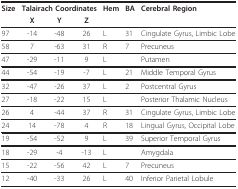
| Size | <COLSPAN=3> Talairach Coordinates | Hem | BA | Cerebral Region |
 |  | X | Y | Z |  |  |  |
 | --- | --- | --- | --- | --- | --- | --- |
 | 97 | -14 | -48 | 26 | L | 31 | Cingulate Gyrus, Limbic Lobe |
 | 58 | 7 | -63 | 31 | R | 7 | Precuneus |
 | 47 | -29 | -11 | 9 | L |  | Putamen |
 | 44 | -54 | -19 | -7 | L | 21 | Middle Temporal Gyrus |
 | 32 | -47 | -26 | 37 | L | 2 | Postcentral Gyrus |
 | 27 | -18 | -22 | 15 | L |  | Posterior Thalamic Nucleus |
 | 26 | 4 | -44 | 37 | R | 31 | Cingulate Gyrus, Limbic Lobe |
 | 24 | 14 | -78 | 4 | R | 18 | Lingual Gyrus, Occipital Lobe |
 | 19 | -54 | -52 | 9 | L | 39 | Superior Temporal Gyrus |
 | 18 | -29 | -4 | -13 | L |  | Amygdala |
 | 15 | -22 | -56 | 42 | L | 7 | Precuneus |
 | 12 | -40 | -33 | 26 | L | 40 | Inferior Parietal Lobule |